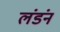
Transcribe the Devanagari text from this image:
लंडंन